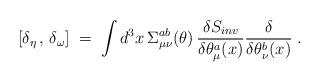
LaTeX: \begin{align*}[ \delta_\eta \,,\, \delta_\omega ] \;=\; \int d^3x \,\Sigma_{\mu\nu}^{ab}(\theta) \, \frac{\delta S_{inv}}{\delta \theta_\mu^a (x)} \frac{\delta }{\delta\theta_\nu^b (x)} \;.\end{align*}